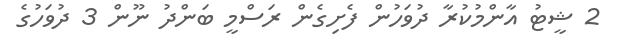
2 ޝީޓު އާންމުކުރާ ދުވަހުން ފެށިގެން ރަސްމީ ބަންދު ނޫން 3 ދުވަހުގެ